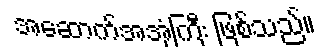
အဆောက်အအုံကြီး ဖြစ်သည်။